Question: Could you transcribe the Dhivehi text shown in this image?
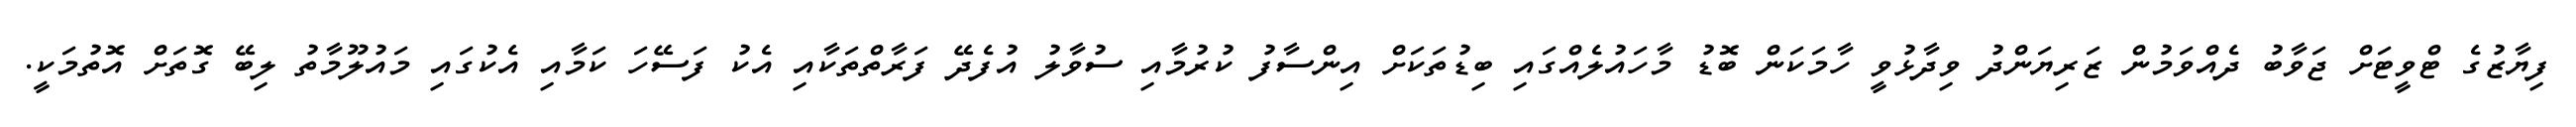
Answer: ފިޔާޒުގެ ޓްވީޓަށް ޖަވާބު ދެއްވަމުން ޒަރިޔަންދު ވިދާޅުވީ ހާމަކަން ބޮޑު މާހައުލެއްގައި ބިޑުތަކަށް އިންސާފު ކުރުމާއި ސުވާލު އުފެދޭ ފަރާތްތަކާއި އެކު ފަސޭހަ ކަމާއި އެކުގައި މައުލޫމާތު ލިބޭ ގޮތަށް އޮތުމަކީ.